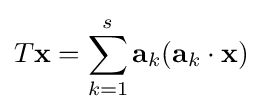
T\mathbf {x} =\sum _{k=1}^{s}\mathbf {a} _{k}(\mathbf {a} _{k}\cdot \mathbf {x} )